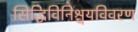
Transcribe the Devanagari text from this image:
सिद्धिविनिश्चयविवरण